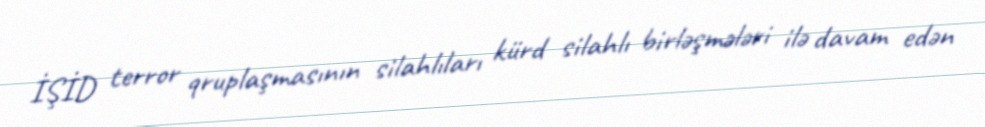
İŞİD terror qruplaşmasının silahlıları kürd silahlı birləşmələri ilə davam edən